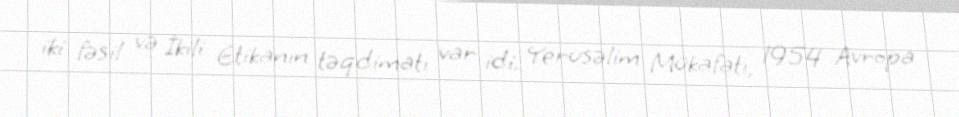
iki fəsil və İkili Etikanın təqdimatı var idi. Yerusəlim Mükafatı, 1954 Avropa